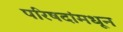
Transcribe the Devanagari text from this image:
परिषदांमधून